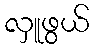
လှူဖွယ်